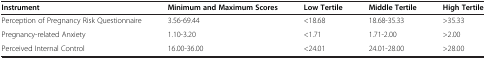
<table><thead><tr><td><b>Instrument</b></td><td><b>Minimum and Maximum Scores</b></td><td><b>Low Tertile</b></td><td><b>Middle Tertile</b></td><td><b>High Tertile</b></td></tr></thead><tbody><tr><td>Perception of Pregnancy Risk Questionnaire</td><td>3.56-69.44</td><td>&lt;18.68</td><td>18.68-35.33</td><td>&gt;35.33</td></tr><tr><td>Pregnancy-related Anxiety</td><td>1.10-3.20</td><td>&lt;1.71</td><td>1.71-2.00</td><td>&gt;2.00</td></tr><tr><td>Perceived Internal Control</td><td>16.00-36.00</td><td>&lt;24.01</td><td>24.01-28.00</td><td>&gt;28.00</td></tr></tbody></table>